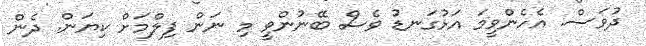
ދުވަސް. އެހެންވީމަ އަޅުގަނޑު ވެސް ބޭނުންވީ މި ނަން ފިލްމަށް ކިޔަން. ދެން